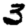
Digit: 3